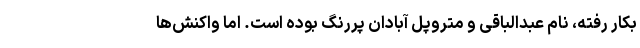
بکار رفته، نام عبدالباقی و متروپل آبادان پررنگ بوده است. اما واکنش‌ها